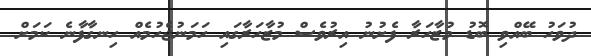
ދުވަހު ބޭއްވި ބޮޑު މުޒާހަރާ ފެށުނު އިރުވެސް މުޒާހަރާގައި ހަމަނުޖެހުމެއް ހިނގާފާނެ ކަމަށް